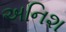
અનિશ